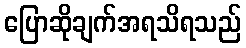
ပြောဆိုချက်အရသိရသည်